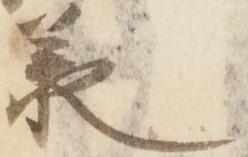
承